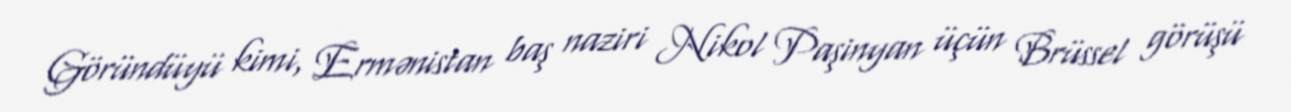
Göründüyü kimi, Ermənistan baş naziri Nikol Paşinyan üçün Brüssel görüşü